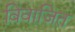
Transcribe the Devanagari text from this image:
विवाजित